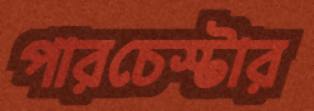
পারচেস্টার